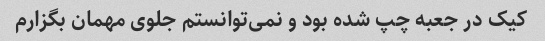
کیک در جعبه چپ شده بود و نمی‌توانستم جلوی مهمان بگزارم